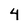
Character: 4